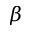
\beta